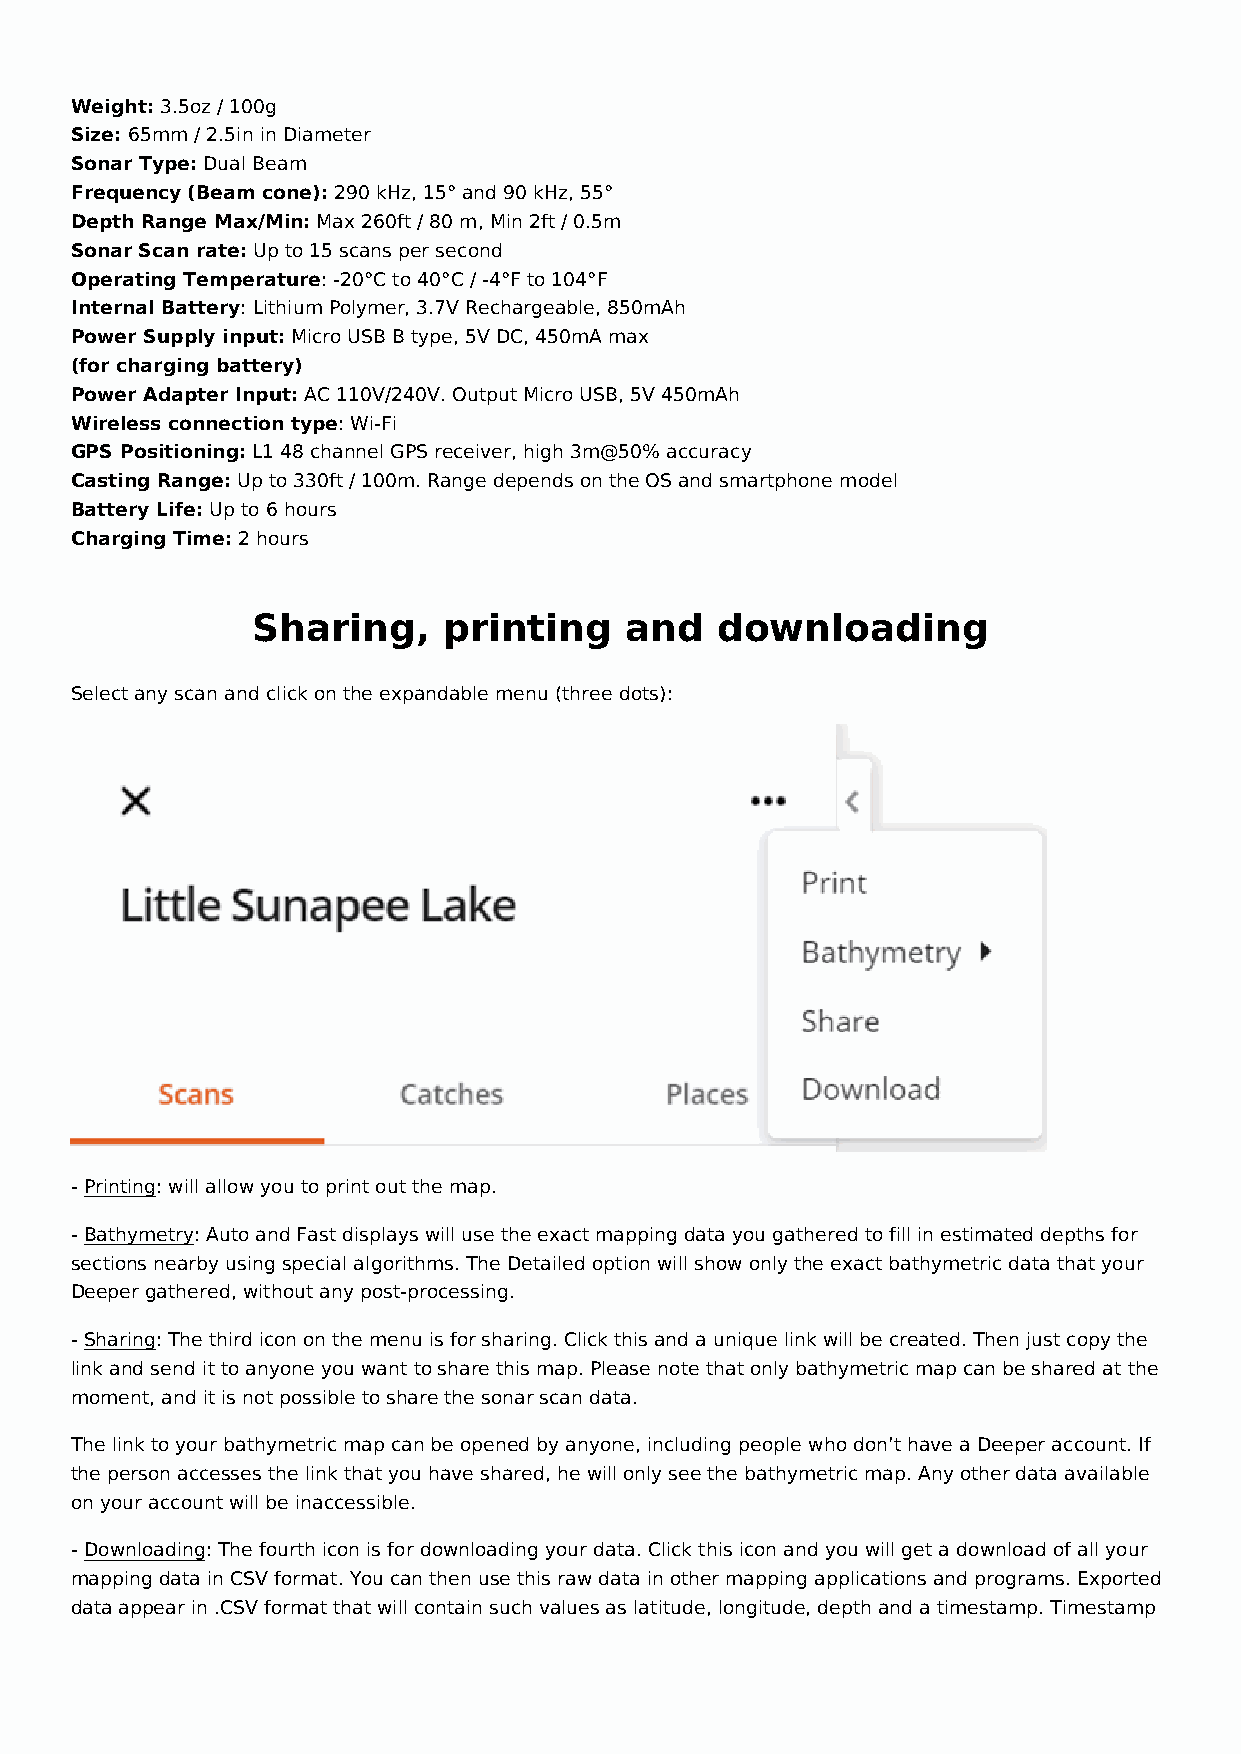
Weight: 3.5oz / 100g
 Size: 65mm / 2.5in in Diameter
 Sonar Type: Dual Beam
 Frequency (Beam cone): 290 kHz, 15° and 90 kHz, 55°
 Depth Range Max/Min: Max 260ft / 80 m, Min 2ft / 0.5m
 Sonar Scan rate: Up to 15 scans per second
 Operating Temperature: -20°C to 40°C / -4°F to 104°F
 Internal Battery: Lithium Polymer, 3.7V Rechargeable, 850mAh
 Power Supply input: Micro USB B type, 5V DC, 450mA max
 (for charging battery)
 Power Adapter Input: AC 110V/240V. Output Micro USB, 5V 450mAh
 Wireless connection type: Wi-Fi
 GPS Positioning: L1 48 channel GPS receiver, high 3m@50% accuracy
 Casting Range: Up to 330ft / 100m. Range depends on the OS and smartphone model
 Battery Life: Up to 6 hours
 Charging Time: 2 hours
 Sharing,    printing    and   downloading
 Select any scan and click on the expandable menu (three dots):
 - Printing: will allow you to print out the map.
 - Bathymetry: Auto and Fast displays will use the exact mapping data you gathered to fill in estimated depths for
 sections nearby using special algorithms. The Detailed option will show only the exact bathymetric data that your
 Deeper gathered, without any post-processing.
 - Sharing: The third icon on the menu is for sharing. Click this and a unique link will be created. Then just copy the
 link and send it to anyone you want to share this map. Please note that only bathymetric map can be shared at the
 moment, and it is not possible to share the sonar scan data.
 The link to your bathymetric map can be opened by anyone, including people who don’t have a Deeper account. If
 the person accesses the link that you have shared, he will only see the bathymetric map. Any other data available
 on your account will be inaccessible.
 - Downloading: The fourth icon is for downloading your data. Click this icon and you will get a download of all your
 mapping data in CSV format. You can then use this raw data in other mapping applications and programs. Exported
 data appear in .CSV format that will contain such values as latitude, longitude, depth and a timestamp. Timestamp